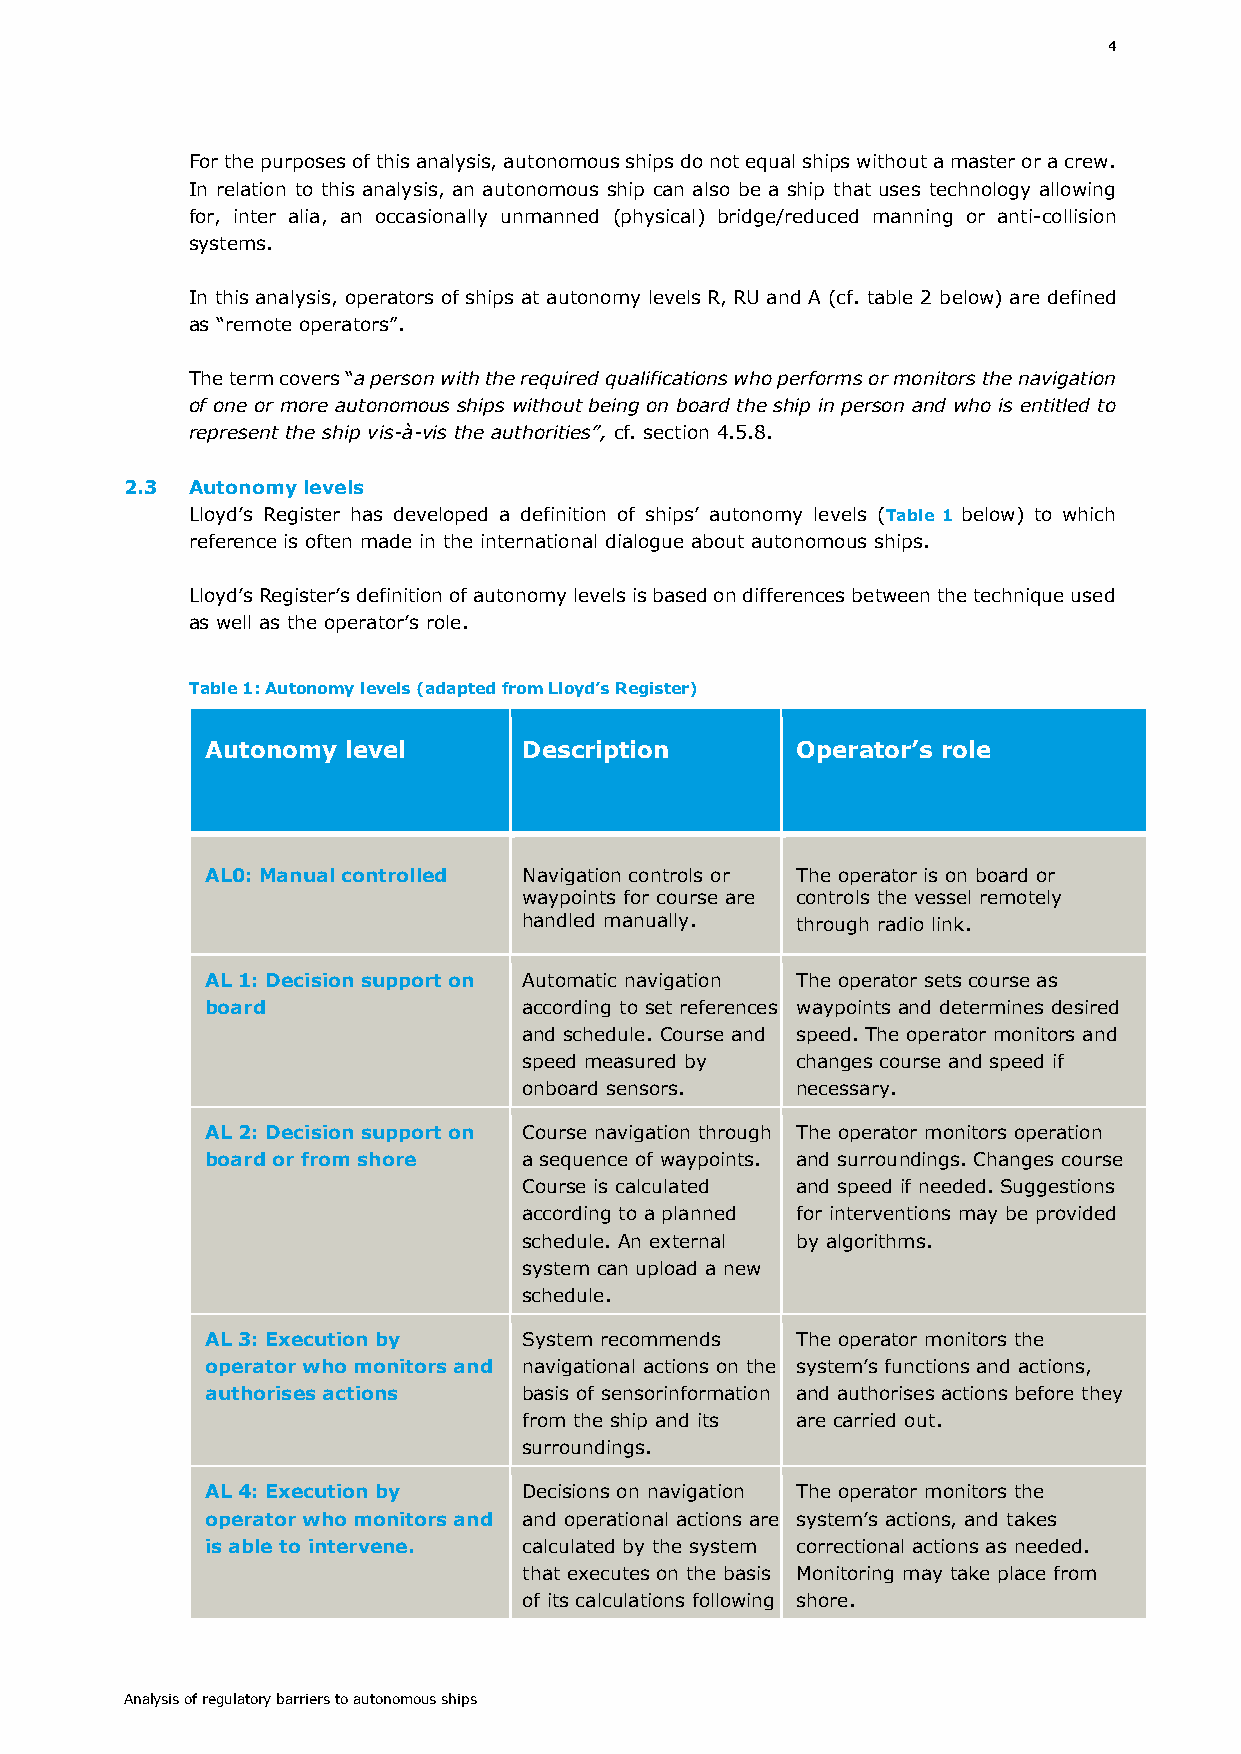
4
 For the purposes of this analysis, autonomous ships do not equal ships without a master or a crew.
 In relation to this analysis, an autonomous ship can also be a ship that uses technology allowing
 for, inter alia, an occasionally unmanned (physical) bridge/reduced manning or anti-collision
 systems.
 In this analysis, operators of ships at autonomy levels R, RU and A (cf. table 2 below) are defined
 as “remote operators”.
 The term covers “a person with the required qualifications who performs or monitors the navigation
 of one or more autonomous ships without being on board the ship in person and who is entitled to
 represent the ship vis-à-vis the authorities”, cf. section 4.5.8.
 2.3 Autonomy levels
 Lloyd’s Register has developed a definition of ships’ autonomy levels (Table 1 below) to which
 reference is often made in the international dialogue about autonomous ships.
 Lloyd’s Register’s definition of autonomy levels is based on differences between the technique used
 as well as the operator’s role.
 Table 1: Autonomy levels (adapted from Lloyd’s Register)
 Autonomy level       Description       Operator’s role
 AL0: Manual controlled Navigation controls or The operator is on board or
 waypoints for course are controls the vessel remotely
 handled manually. through radio link.
 AL 1: Decision support on Automatic navigation The operator sets course as
 board                according to set references waypoints and determines desired
 and schedule. Course and speed. The operator monitors and
 speed measured by changes course and speed if
 onboard sensors.  necessary.
 AL 2: Decision support on Course navigation through The operator monitors operation
 board or from shore  a sequence of waypoints. and surroundings. Changes course
 Course is calculated and speed if needed. Suggestions
 according to a planned for interventions may be provided
 schedule. An external by algorithms.
 system can upload a new
 schedule.
 AL 3: Execution by   System recommends The operator monitors the
 operator who monitors and navigational actions on the system’s functions and actions,
 authorises actions   basis of sensorinformation and authorises actions before they
 from the ship and its are carried out.
 surroundings.
 AL 4: Execution by   Decisions on navigation The operator monitors the
 operator who monitors and and operational actions are system’s actions, and takes
 is able to intervene. calculated by the system correctional actions as needed.
 that executes on the basis Monitoring may take place from
 of its calculations following shore.
 Analysis of regulatory barriers to autonomous ships